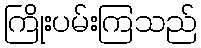
ကြိုးပမ်းကြသည်